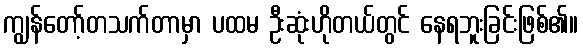
ကျွန်တော့်တသက်တာမှာ ပထမ ဦးဆုံးဟိုတယ်တွင် နေရဘူးခြင်းဖြစ်၏။